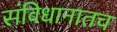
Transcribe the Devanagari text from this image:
संविधानातच